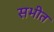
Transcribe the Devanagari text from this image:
सभीत